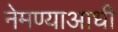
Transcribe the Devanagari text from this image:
नेमण्याआधी